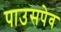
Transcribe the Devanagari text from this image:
पाउसपेव